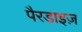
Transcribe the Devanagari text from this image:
पैरडाइज़